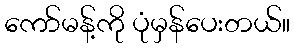
ကော်မန့်ကို ပုံမှန်ပေးတယ်။